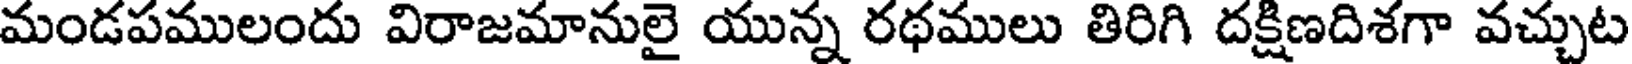
మండపములందు విరాజమానులై యున్న రథములు తిరిగి దక్షిణదిశగా వచ్చుట